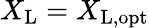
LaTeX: X_{\mathrm{L}}=X_{\mathrm{L,opt}}